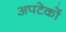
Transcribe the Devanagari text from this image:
अपटेकों